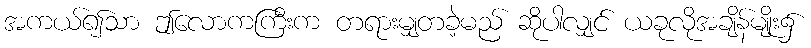
အကယ်၍သာ ဤလောကကြီးက တရားမျှတခဲ့မည် ဆိုပါလျှင် ယခုလိုအချိန်မျိုး၌